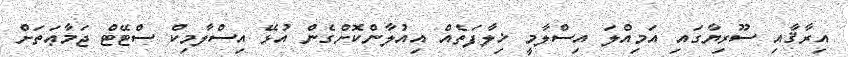
އިރާޤާއި ސޫރިޔާގައި އަމިއްލަ އިސްލާމީ ޚިލާފަތެއް އިއުލާންކޮށްގެން އުޅޭ އިސްލާމިކް ސްޓޭޓް ޖަމާޢަތަށް